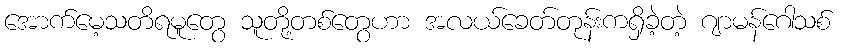
အောက်မေ့သတိရမူတွေ သူတို့တစ်တွေဟာ အလယ်ခေတ်တုန်းကရှိခဲ့တဲ့ ဂျာမန်ဂေါသစ်